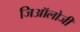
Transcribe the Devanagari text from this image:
जिऑलोजी